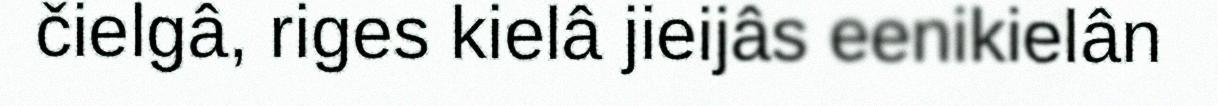
čielgâ, riges kielâ jieijâs eenikielân